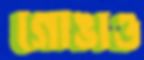
গোঙাও